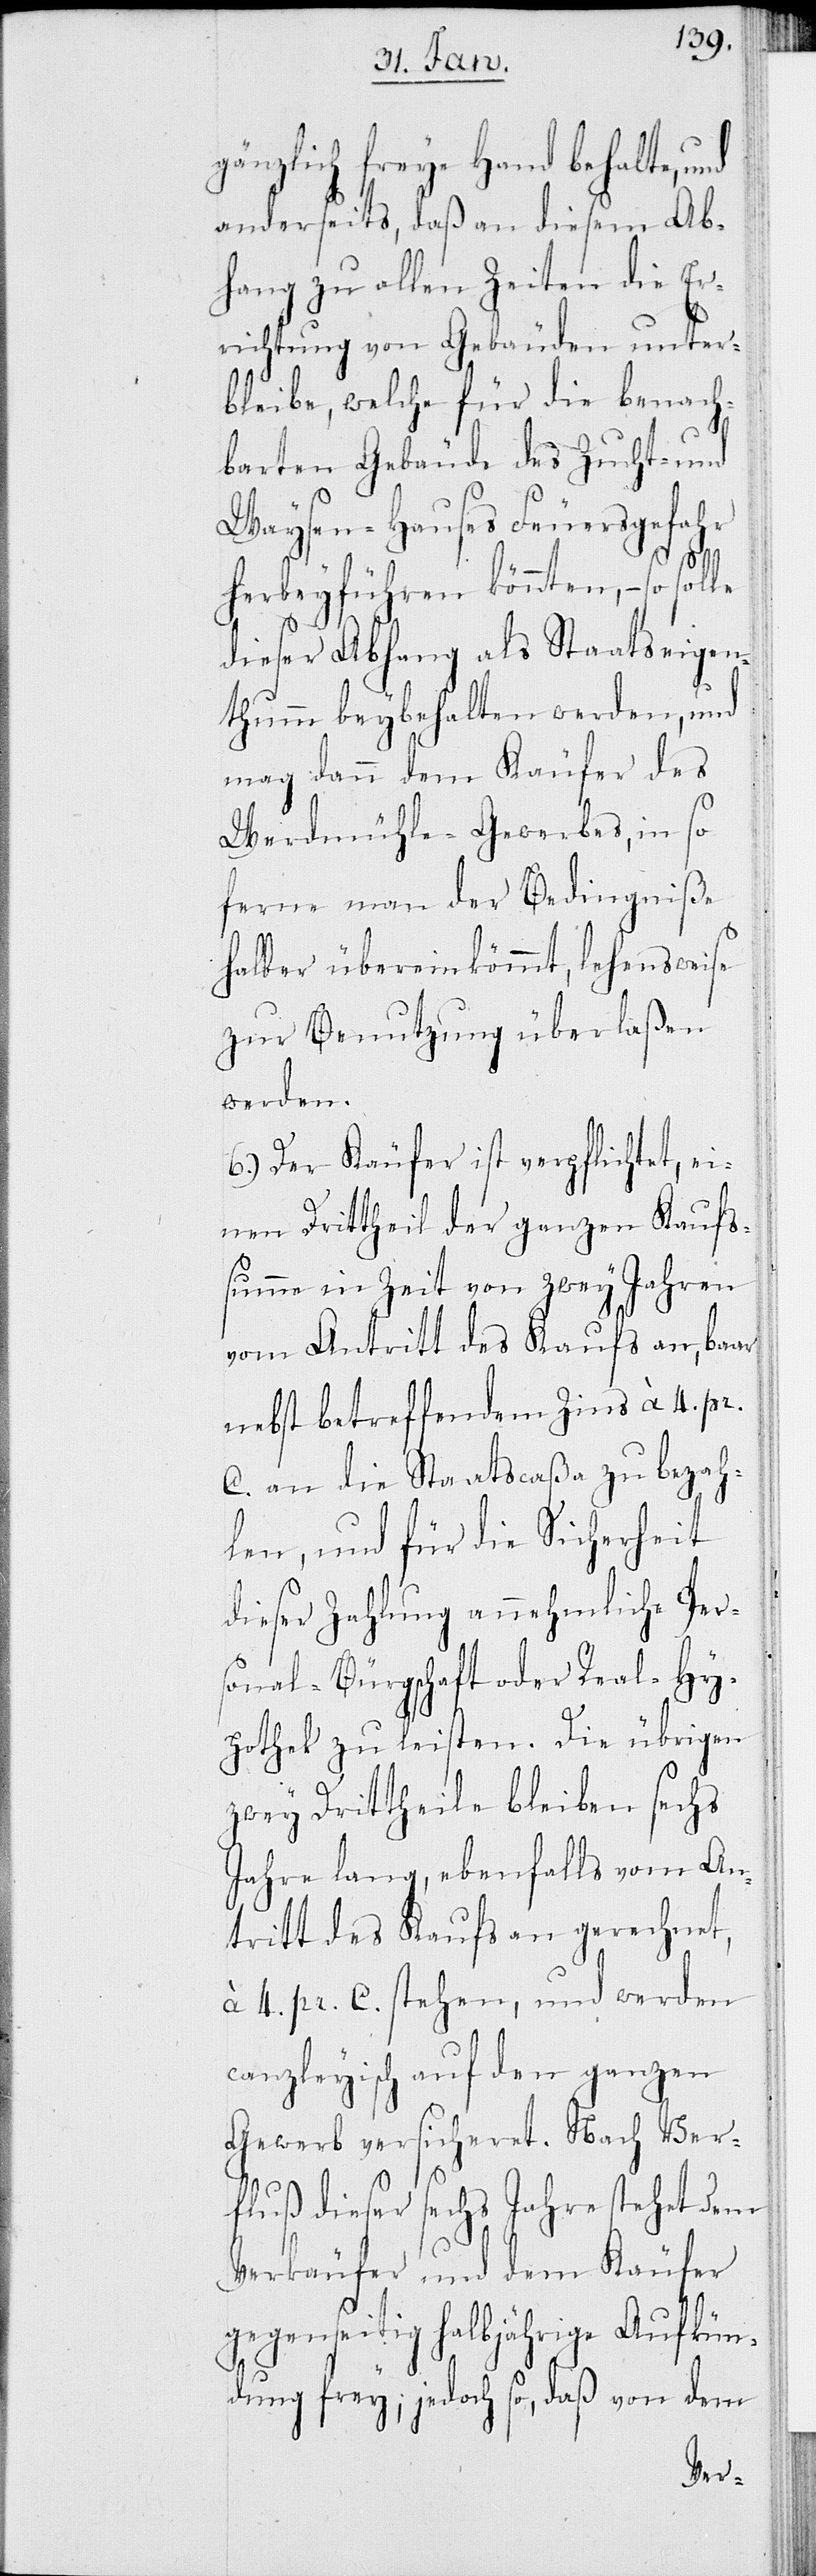
gänzlich freye Hand behalte,
anderseits, daß an diesem Ab¬
hang zu allen Zeiten die Er¬
richtung von Gebäuden unter¬
bleibe, welche für die benach¬
barten Gebäude des Zucht- und
Waysen-Hauses Feuergefahr
herbeyführen könnten, – so solle
dieser Abhang als Staatseigen¬
thumm beybehalten werden, und
mag dann dem Käufer des
Werdmühle-Gewerbes, in so
ferne man der Bedingniße
halber übereinkömmt, lehensweise
zur Benutzung überlaßen
werden.
6.) Der Käufer ist verpflichtet, ei¬
nen Drittheil der ganzen Kaufs¬
summe in Zeit von zwey Jahren
vom Antritt des Kaufs an, baar
nebst betreffenden Zins à 4. pr.
C. an die Staatscaßa zu bezah¬
len, und für die Sicherheit
dieser Zahlung annehmliche Pers¬
onal-Bürgschaft oder Real-Hy¬
pothek zu leisten. Die übrigen
zwey Drittheil bleiben sechs
Jahre lang, ebenfalls vom An¬
tritt des Kaufs an gerechnet,
à 4. pr. C. stehen, und werden
canzleyisch auf den ganzen
Gewerb versicheret. Nach Ver¬
fluß dieser sechs Jahre stehet dem
Verkäufer und dem Käufer
gegenseitig halbjährige Aufkün¬
dung frey; jedoch so, daß von dem